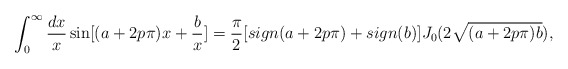
\begin{align*}\int^{\infty}_0 {dx \over x} \sin [(a+2p \pi)x + {b \over x}] = {\pi \over 2} [sign(a+2p\pi) + sign(b)] J_0 (2 \sqrt{(a+2p \pi)b}),\end{align*}